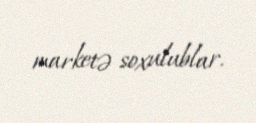
marketə soxulublar.